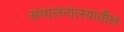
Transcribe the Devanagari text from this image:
संचालनालयातील